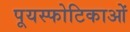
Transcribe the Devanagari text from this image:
पूयस्फोटिकाओं